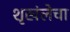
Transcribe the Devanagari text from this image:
शृखंलेचा